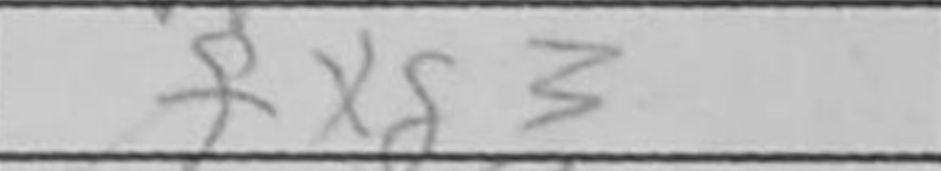
Transcription: fxg3